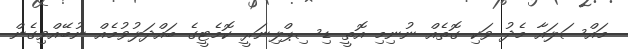
މައްސަލައާ މެދު ވަކި ގޮތެއް ނުނިމި އޮތީ ޑިސިޕްލިނަރީ ކޮމެޓީގެ ބައްދަލުވުމެއް ނުބޭއްވިގެން